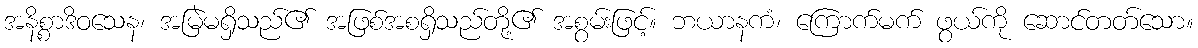
အနိစ္စာဒိဝသေန၊ အမြဲမရှိသည်၏ အဖြစ်အစရှိသည်တို့၏ အစွမ်းဖြင့်။ ဘယာနကံ၊ ကြောက်မက် ဖွယ်ကို ဆောင်တတ်သော။